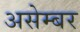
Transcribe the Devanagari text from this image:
असेम्बर